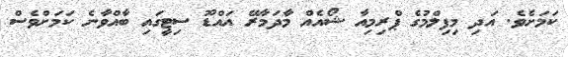
ކަމަށެވެ. އަދި މިފިލްމުގެ ޕްރިމިއާ ޝޯއެއް މާދަމާރޭ އައްޑޫ ސިޓީގައި ބާއްވާނެ ކަމަށްވެސް